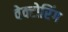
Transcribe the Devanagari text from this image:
वेक्टोरिंग